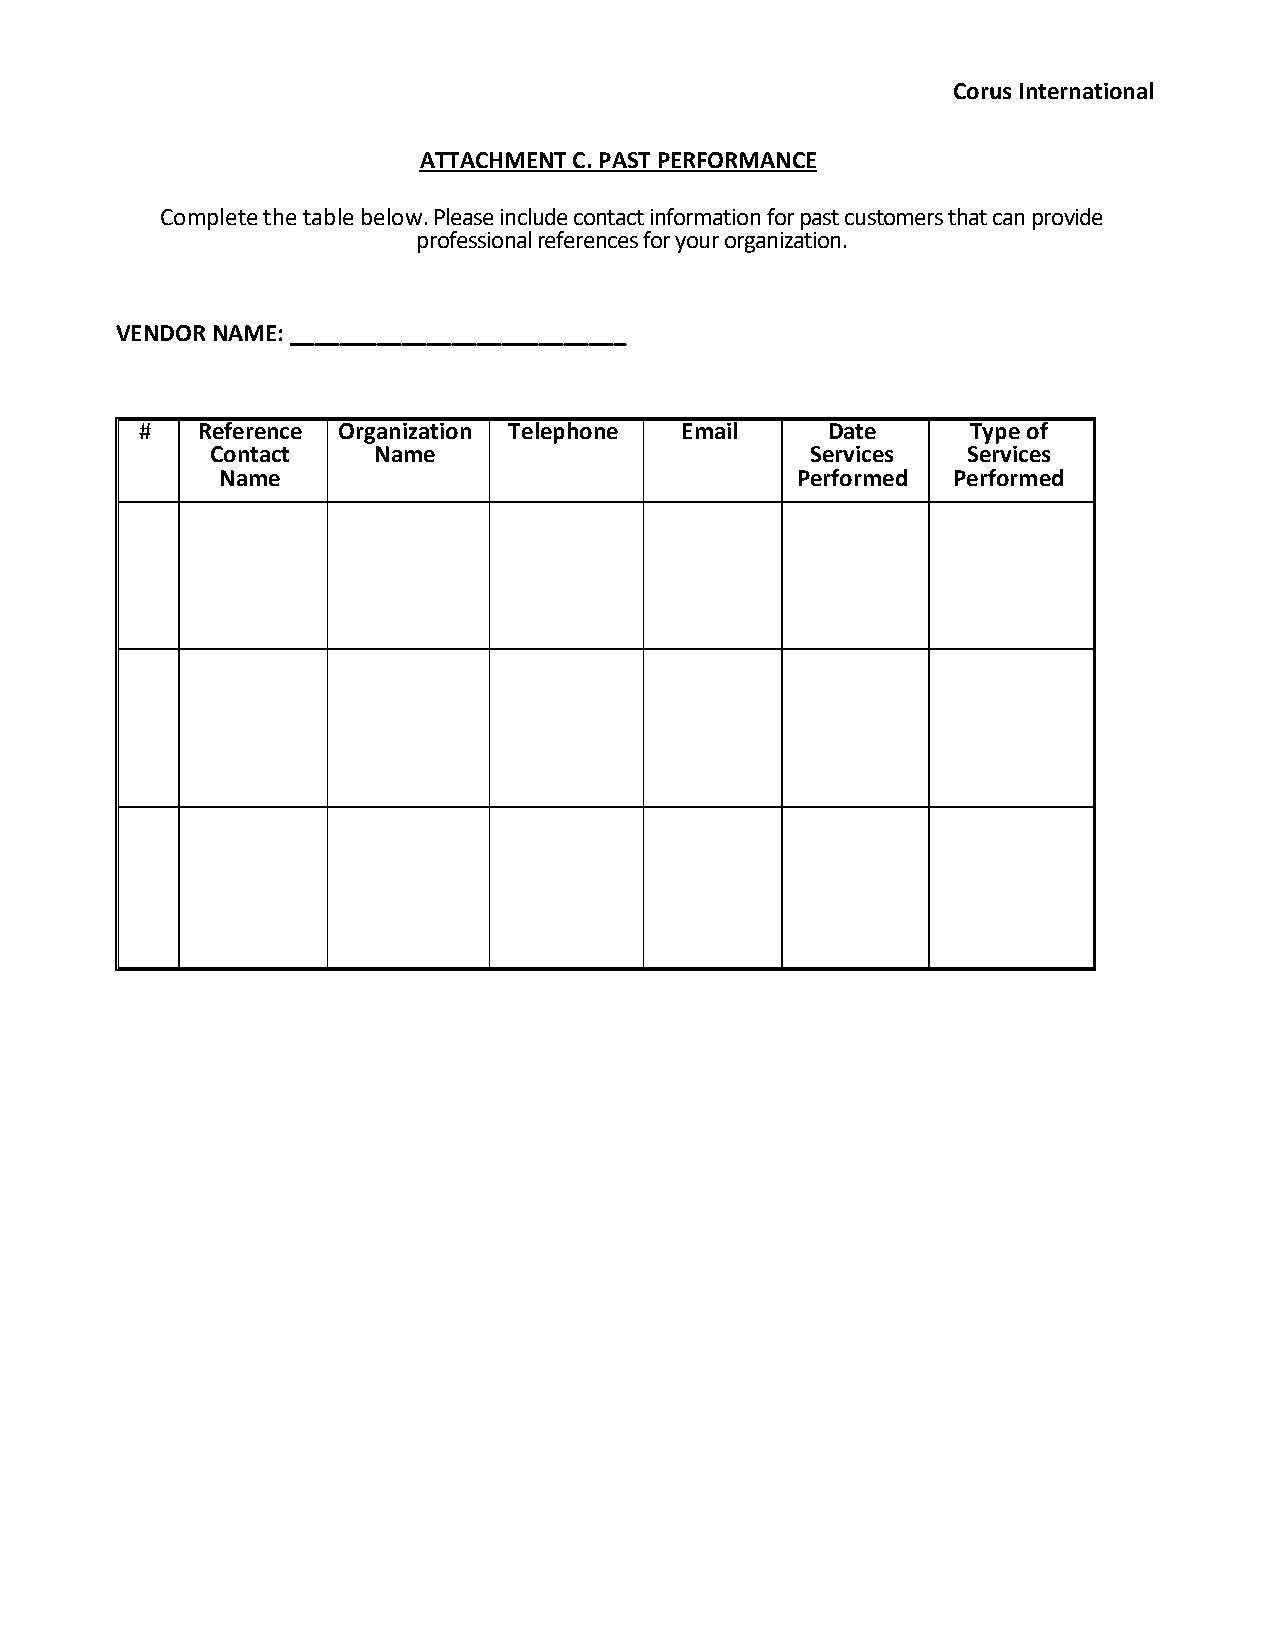
Corus International
 ATTACHMENT C. PAST PERFORMANCE
 Complete the table below. Please include contact information for past customers that can provide
 professional references for your organization.
 VENDOR NAME: ___________________________
 #   Reference Organization Telephone Email    Date     Type of
 Contact    Name                         Services  Services
 Name                                   Performed Performed